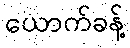
ယောက်ခန့်